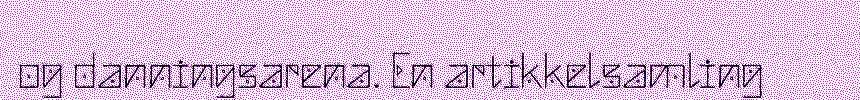
og danningsarena. En artikkelsamling